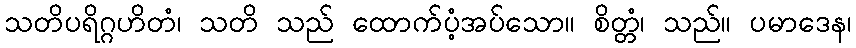
သတိပရိဂ္ဂဟိတံ၊ သတိ သည် ထောက်ပံ့အပ်သော။ စိတ္တံ၊ သည်။ ပမာဒေန၊